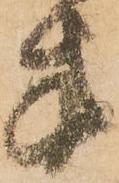
方